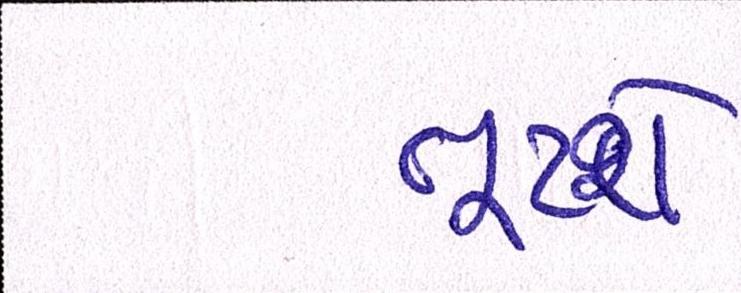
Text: તૂટશે